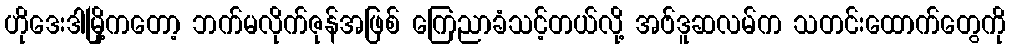
ဟိုဒေးဒါမြို့ကတော့ ဘက်မလိုက်ဇုန်အဖြစ် ကြေညာခံသင့်တယ်လို့ အဗ်ဒူဆလမ်က သတင်းထောက်တွေကို